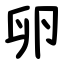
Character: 卵